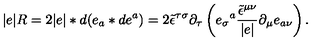
| e | R = 2 | e | \ast d ( e _ { a } \ast d e ^ { a } ) = 2 \tilde { \epsilon } ^ { \tau \sigma } \partial _ { \tau } \left( e _ { \sigma } { } ^ { a } \frac { \tilde { \epsilon } ^ { \mu \nu } } { | e | } \partial _ { \mu } e _ { a \nu } \right) .